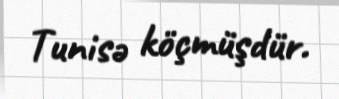
Tunisə köçmüşdür.